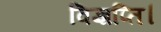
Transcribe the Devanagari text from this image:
विज्ञप्ति।